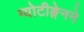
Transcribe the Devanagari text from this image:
ग्योटीङ्गेनने